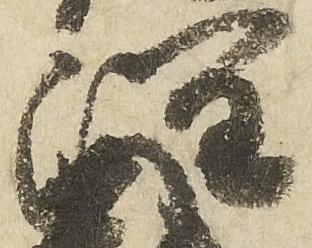
潤